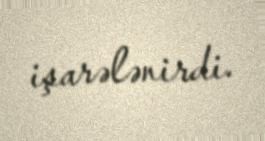
işarələnirdi.